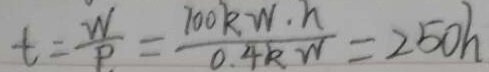
t = \frac { W } { P } = \frac { 7 0 0 k W \cdot h } { 0 . 4 k W } = 2 5 0 h